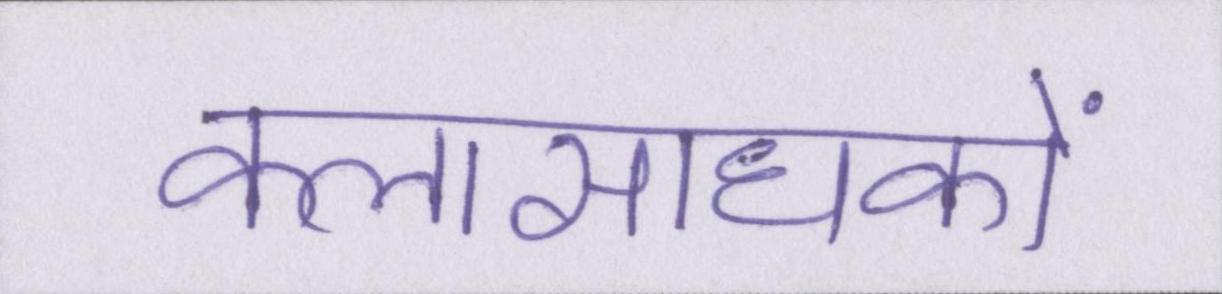
कलासाधकों